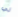
لي